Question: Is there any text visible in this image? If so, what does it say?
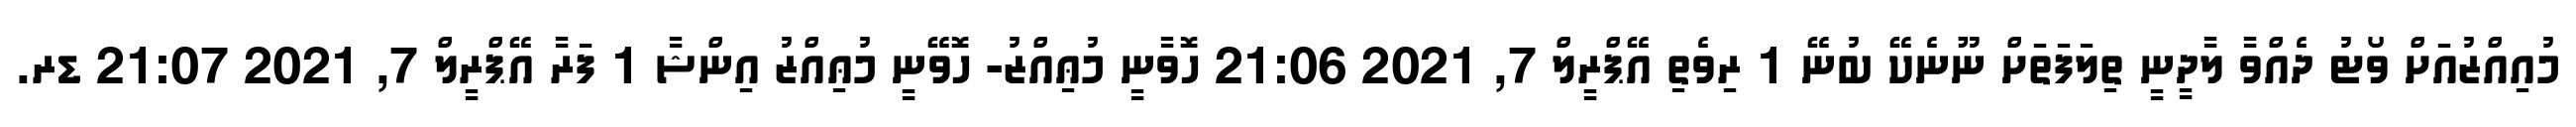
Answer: މުއިއްޒުއަށް ވޯޓު ދެއްވާ ލާދީނީ ތިލަފަތަށް ނޫނެކޭ ބުނޭ 1 ރިވެތި އޭޕްރީލް 7, 2021 21:06 ހޮވާނީ މުޢިއްޒު- ހޮވޭނީ މުޢިއްޒު އިންޝާ 1 ފަރާ އޭޕްރީލް 7, 2021 21:07 ޑރ.